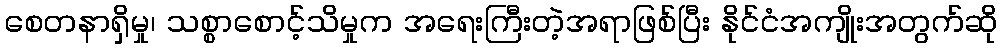
စေတနာရှိမှု၊ သစ္စာစောင့်သိမှုက အရေးကြီးတဲ့အရာဖြစ်ပြီး နိုင်ငံအကျိုးအတွက်ဆို